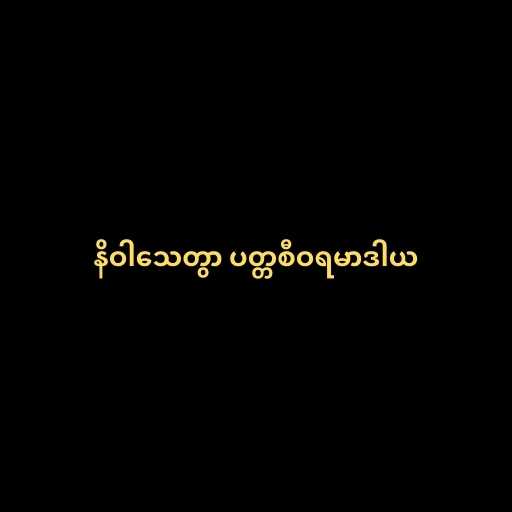
နိဝါသေတွာ ပတ္တစီဝရမာဒါယ